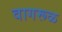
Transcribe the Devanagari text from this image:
वागरूळ